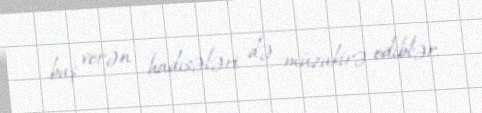
baş verən hadisələri də müzakirə ediblər.